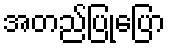
အတည်ပြုပြော